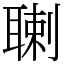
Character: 䏀